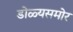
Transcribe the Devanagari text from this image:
डोळ्यसमोर